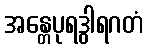
အန္တေပုရဒွါရဂတံ